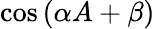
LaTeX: \cos\left(\alpha A+\beta\right)